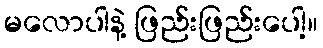
မလောပါနဲ့ ဖြည်းဖြည်းပေါ့။